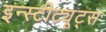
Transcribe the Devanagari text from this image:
इन्स्टीट्यूट्स